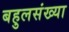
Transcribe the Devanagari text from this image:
बहुलसंख्या